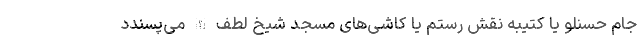
جام حسنلو یا کتیبه نقش رستم یا کاشی‌های مسجد شیخ لطف الله می‌پسندد